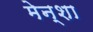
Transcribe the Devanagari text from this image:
मेन्शा